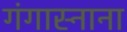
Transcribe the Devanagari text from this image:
गंगास्नाना